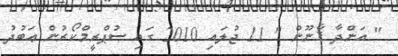
" އަންދާ ޤާނޫން " 11 ޖުލައި 2010 ގައި ސުޕްރީމްކޯރުން ޢަބުދު